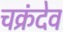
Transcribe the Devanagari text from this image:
चक्रंदेव